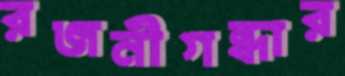
রজনীগন্ধার